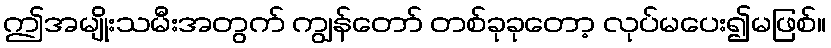
ဤအမျိုးသမီးအတွက် ကျွန်တော် တစ်ခုခုတော့ လုပ်မပေး၍မဖြစ်။